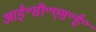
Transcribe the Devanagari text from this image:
आई॰सी॰एस॰ई॰